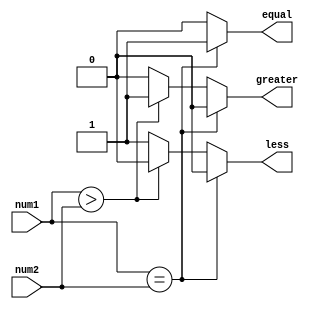
module fixed_point_comparator(
    input signed [7:0] num1,
    input signed [7:0] num2,
    output reg equal,
    output reg greater,
    output reg less
);

always @(*)
begin
    if (num1 == num2)
    begin
        equal = 1;
        greater = 0;
        less = 0;
    end
    else if (num1 > num2)
    begin
        equal = 0;
        greater = 1;
        less = 0;
    end
    else
    begin
        equal = 0;
        greater = 0;
        less = 1;
    end
end

endmodule